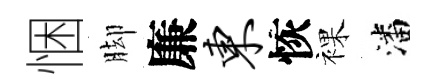
悃脚廉东恢裸潘